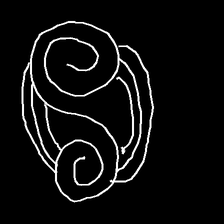
Glyph: wind-underfoot